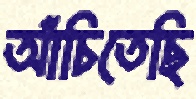
আঁচিতেছি